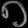
Digit: ၈